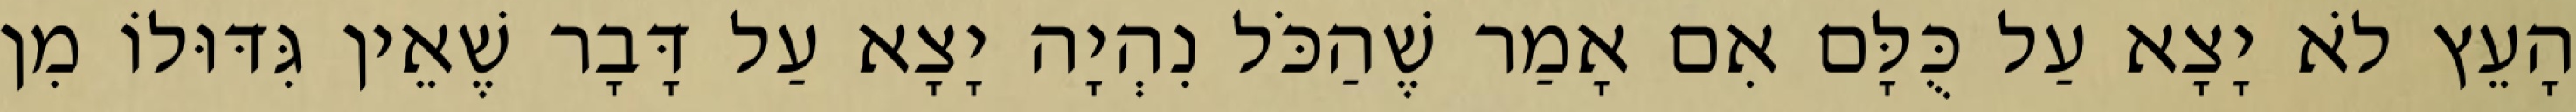
הָעֵץ לֹא יָצָא עַל כֻּלָּם אִם אָמַר שֶׁהַכֹּל נִהְיָה יָצָא עַל דָּבָר שֶׁאֵין גִּדּוּלוֹ מִן